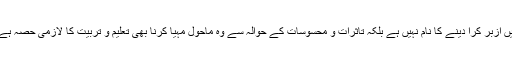
لہٰذا تعلیم و تربیت صرف الفاظ رٹانے اور مضامین میں ازبر کرا دینے کا نام نہیں ہے بلکہ تاثرات و محسوسات کے حوالہ سے وہ ماحول مہیا کرنا بھی تعلیم و تربیت کا لازمی حصہ ہے جس کے مطابق بچے کی شخصیت تشکیل پاتی ہے۔